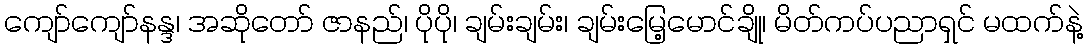
ကျော်ကျော်နန္ဒ၊ အဆိုတော် ဇာနည်၊ ပိုပို၊ ချမ်းချမ်း၊ ချမ်းမြေ့မောင်ချို၊ မိတ်ကပ်ပညာရှင် မထက်နဲ့